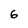
Character: 6